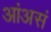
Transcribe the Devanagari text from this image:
आंअसं